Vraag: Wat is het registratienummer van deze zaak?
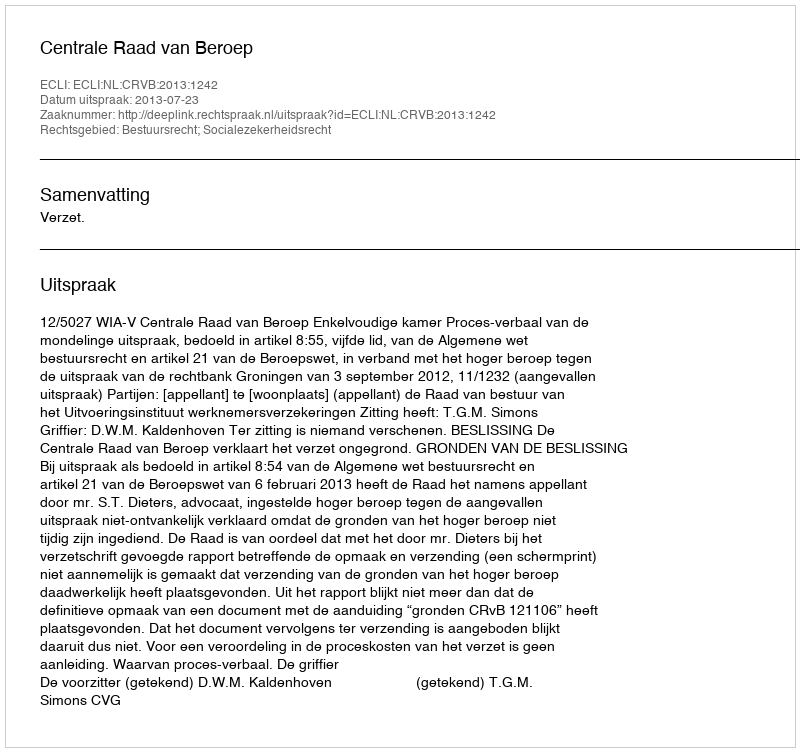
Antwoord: http://deeplink.rechtspraak.nl/uitspraak?id=ECLI:NL:CRVB:2013:1242